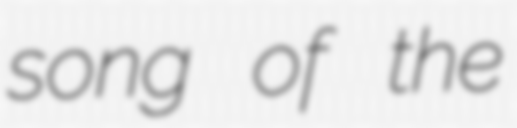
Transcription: song of the